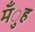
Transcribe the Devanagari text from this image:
मँुह